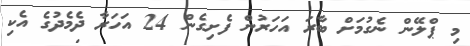
މި ޕްލޭން ނެގުމަށް ބާރަ އަހަރުން ފެށިގެން 24 އަހަރާ ދެމެދުގެ އެކި